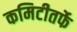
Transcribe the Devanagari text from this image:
कमिटीतर्फे